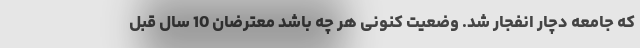
که جامعه دچار انفجار شد. وضعیت کنونی هر چه باشد معترضان 10 سال قبل